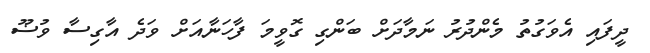
ދީފައި އެވަގުތު މެންދުރު ނަމާދަށް ބަންގި ގޮވީމަ ފާހަނާއަށް ވަދެ އާގިސާ ވުޟޫ